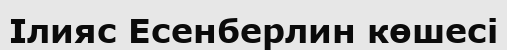
Ілияс Есенберлин көшесі